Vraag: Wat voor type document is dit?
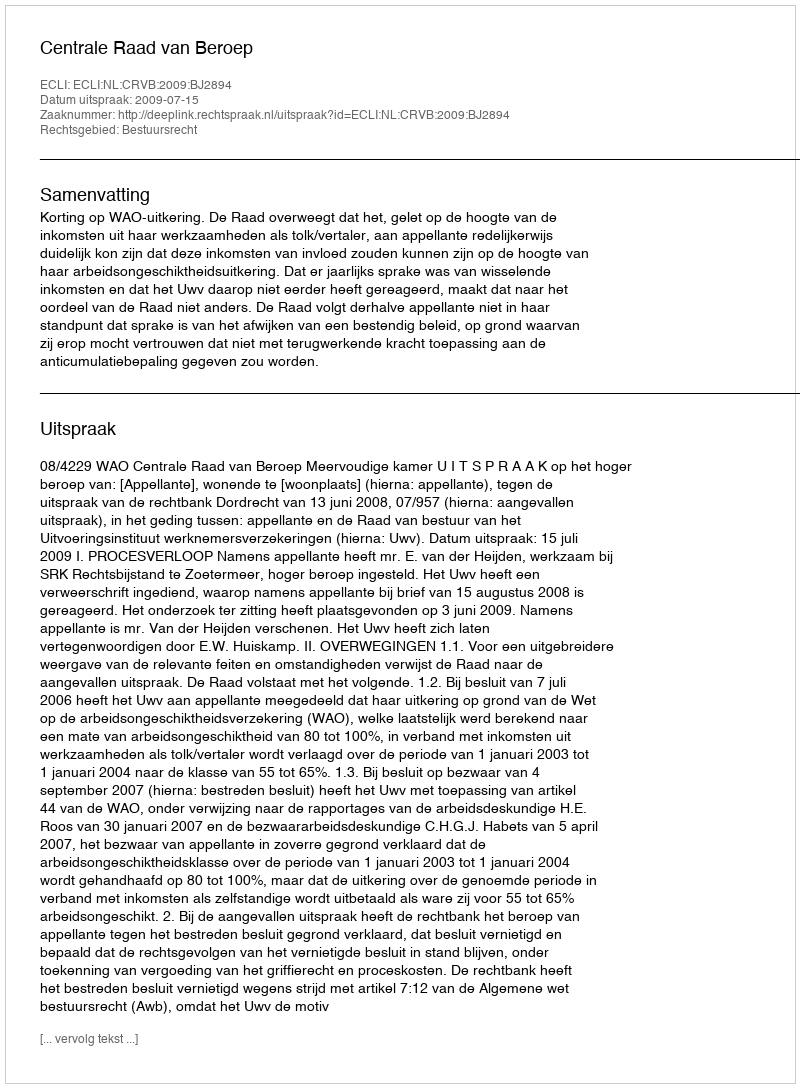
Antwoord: Uitspraak